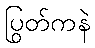
ပြွတ်ကနဲ